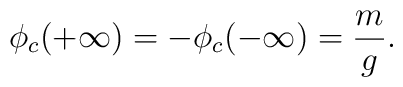
\phi_c( + \infty) = - \phi_c( - \infty) = \frac{m}{g}.